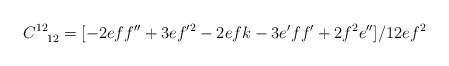
LaTeX: \begin{align*}C^{12}_{\phantom{12}12}=[-2eff^{\prime \prime}+3ef^{\prime 2}-2efk-3e^{\prime}ff^{\prime}+2f^2e^{\prime \prime}]/12ef^2\end{align*}